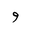
Letter: _waw